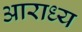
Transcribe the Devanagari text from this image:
अाराध्य